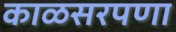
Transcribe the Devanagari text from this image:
काळसरपणा